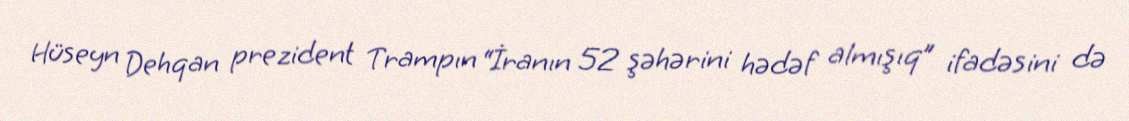
Hüseyn Dehqan prezident Trampın “İranın 52 şəhərini hədəf almışıq” ifadəsini də